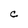
Character: C